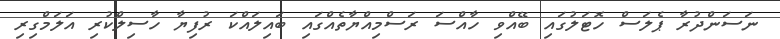
ނަސަންދުރާ ޕެލަސް ހޮޓަލުގައި ބޭއްވި ހާއްސަ ރަސްމިއްޔާތެއްގައި ބައިލައްކަ ރުފިޔާ ހާސިލްކުރި އަލަމްގިރި